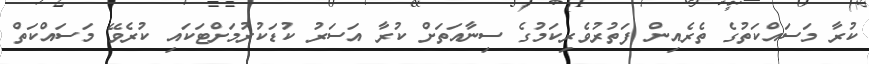
ކުރާ މަސައްކަތުގެ ތެރެއިން ފަތުރުވެރިކަމުގެ ސިނާއަތަށް ކުރާ އަސަރު ކުޑަކުރުމަށްޓަކައި ކުރެވޭ މަސައްކަތް